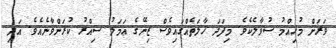
ވަރަށް މުހިއްމު ސުވާލެކެވެ. މިފަދަ ހާލަތެއްގައިވެސް ޒިނޭގެ ޢަމަލު ސިއްރު ކުރަންވާނެއެވެ. އަދި